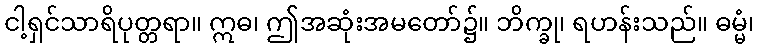
ငါ့ရှင်သာရိပုတ္တရာ။ ဣဓ၊ ဤအဆုံးအမတော်၌။ ဘိက္ခု၊ ရဟန်းသည်။ ဓမ္မံ၊